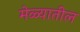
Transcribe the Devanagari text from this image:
मेळ्यातील